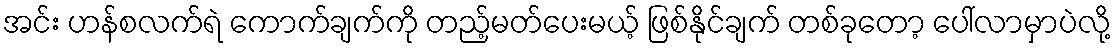
အင်း ဟန်စလက်ရဲ ကောက်ချက်ကို တည့်မတ်ပေးမယ့် ဖြစ်နိုင်ချက် တစ်ခုတော့ ပေါ်လာမှာပဲလို့